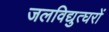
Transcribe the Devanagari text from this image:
जलविद्युत्घरों